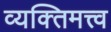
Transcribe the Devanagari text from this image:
व्यक्‍तिमत्त्व